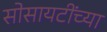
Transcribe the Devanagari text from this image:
सोसायटींच्या